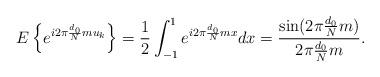
LaTeX: \begin{align*} E \left\{e^{i2\pi\frac{d_0}{N}mu_k}\right\}=\frac{1}{2}\int_{-1}^{1}e^{i2\pi\frac{d_0}{N}mx}dx=\frac{\sin(2\pi\frac{d_0}{N}m)}{2\pi\frac{d_0}{N}m}. \end{align*}